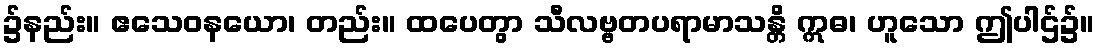
၌နည်း။ ဧသေဝနယော၊ တည်း။ ထပေတွာ သီလဗ္ဗတပရာမာသန္တိ ဣဓ၊ ဟူသော ဤပါဌ်၌။